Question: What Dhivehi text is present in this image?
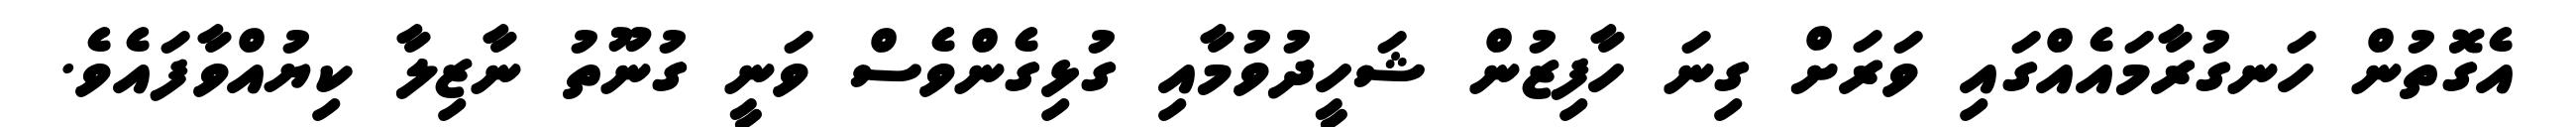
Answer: އެގޮތުން ހަނގުރާމައެއްގައި ވަރަށް ގިނަ ހާފިޒުން ޝަހީދުވުމާއި ގުޅިގެންވެސް ވަނީ ގުނޫތު ނާޒިލާ ކިޔުއްވާފައެވެ.